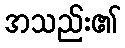
အသည်း၏